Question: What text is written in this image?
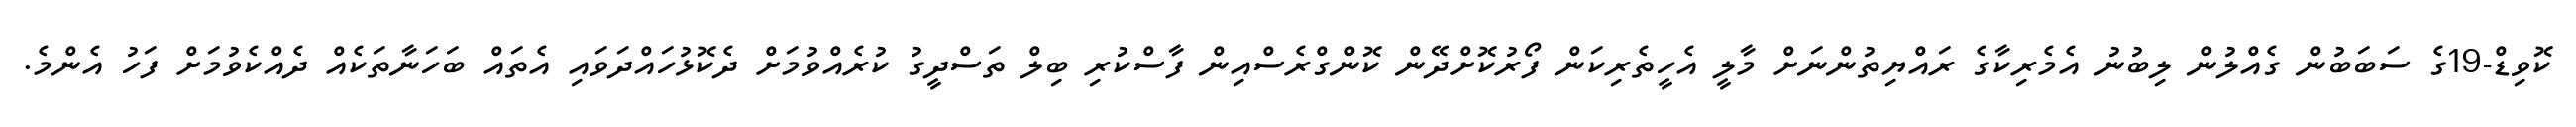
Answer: ކޮވިޑް-19ގެ ސަބަބުން ގެއްލުން ލިބުނު އެމެރިކާގެ ރައްޔިތުންނަށް މާލީ އެހީތެރިކަން ފޯރުކޮށްދޭން ކޮންގްރެސްއިން ފާސްކުރި ބިލް ތަސްދީގު ކުރެއްވުމަށް ދެކޮޅުހައްދަވައި އެތައް ބަހަނާތަކެއް ދެއްކެވުމަށް ފަހު އެންމެ.